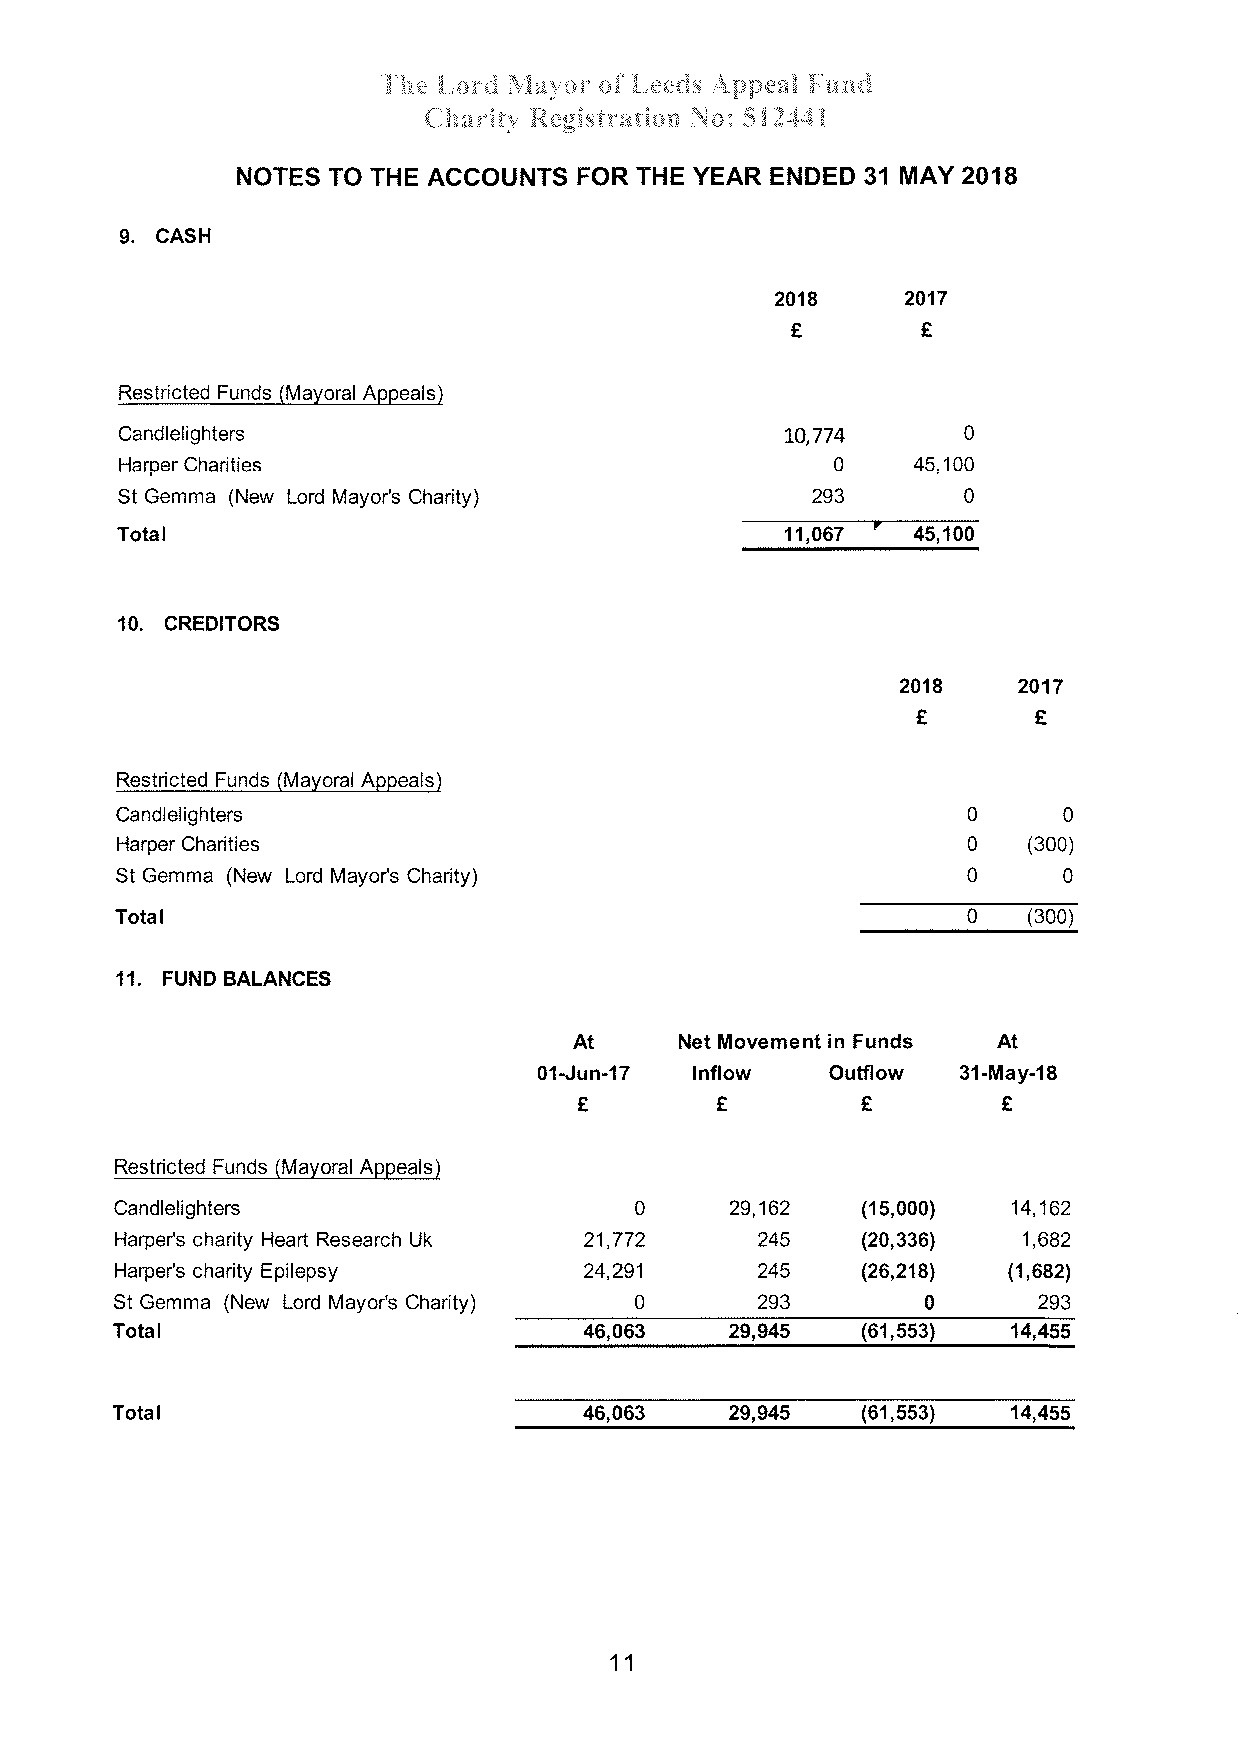
-ï'l;
 : å,¡¡1"¿{ Þl:a,1,'*r *å å,***:ç Âp;:**å $;'u¡"¡d
 f
 fiac'i{l' ${*gis'rr* råc¡n ru ü :,$ Í .1,.44 å
 NOTES TO THE ACCOUNTS FOR THE YEAR ENDED 31 MAY 2018
 9.
 CASH
 2018     2017
 â        €
 Restricted Funds (Mayoral Appeals)
 Candlelighters                              ro,774      0
 Harper Charities                               0    45,1 00
 St Gemma (New Lord Mayor's Charity)           293       0
 Total                                       11,067  45,1 00
 IO.
 CREDITORS
 2018   2017
 Ê       E
 Restricted Funds (Mavoral Appeals)
 Candlelighters                                          0     0
 Harper Charities                                        0   (300)
 St Gemma (New Lord Mayods Charity)                      0     0
 0
 Total                                                       (300)
 11. FUND BALANCES
 At     Net Movement in Funds At
 lnflow
 01-Jun-17          Outflow  31-May-18
 â€
 €                           €
 Restricted Funds (Mavoral Appeals)
 Candlelighters                    0     29,162   (15,000)  14,162
 Harper's charity Heart Research Uk 21,772 245    (20,336)   1,682
 Harper's charity Epilepsy      24,291     245    (26,2181  (1,682)
 St Gemma (New Lord Mayor's Charity) 0     293        0       293
 29,945   (61,553)
 Total                          46,063                      14,455
 46,063   29,945   (61,553)
 Total                                                       14,455
 11